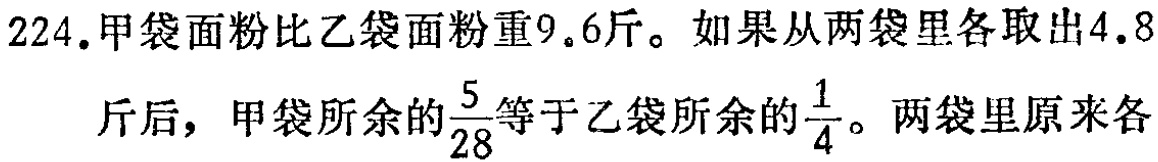
224.甲袋面粉比乙袋面粉重9.6斤。如果从两袋里各取出4.8斤后，甲袋所余的$\frac{5}{28}$等于乙袋所余的$\frac{1}{4}$。两袋里原来各